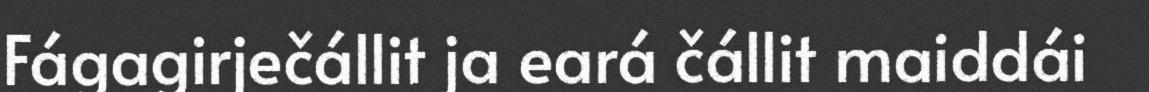
Fágagirječállit ja eará čállit maiddái